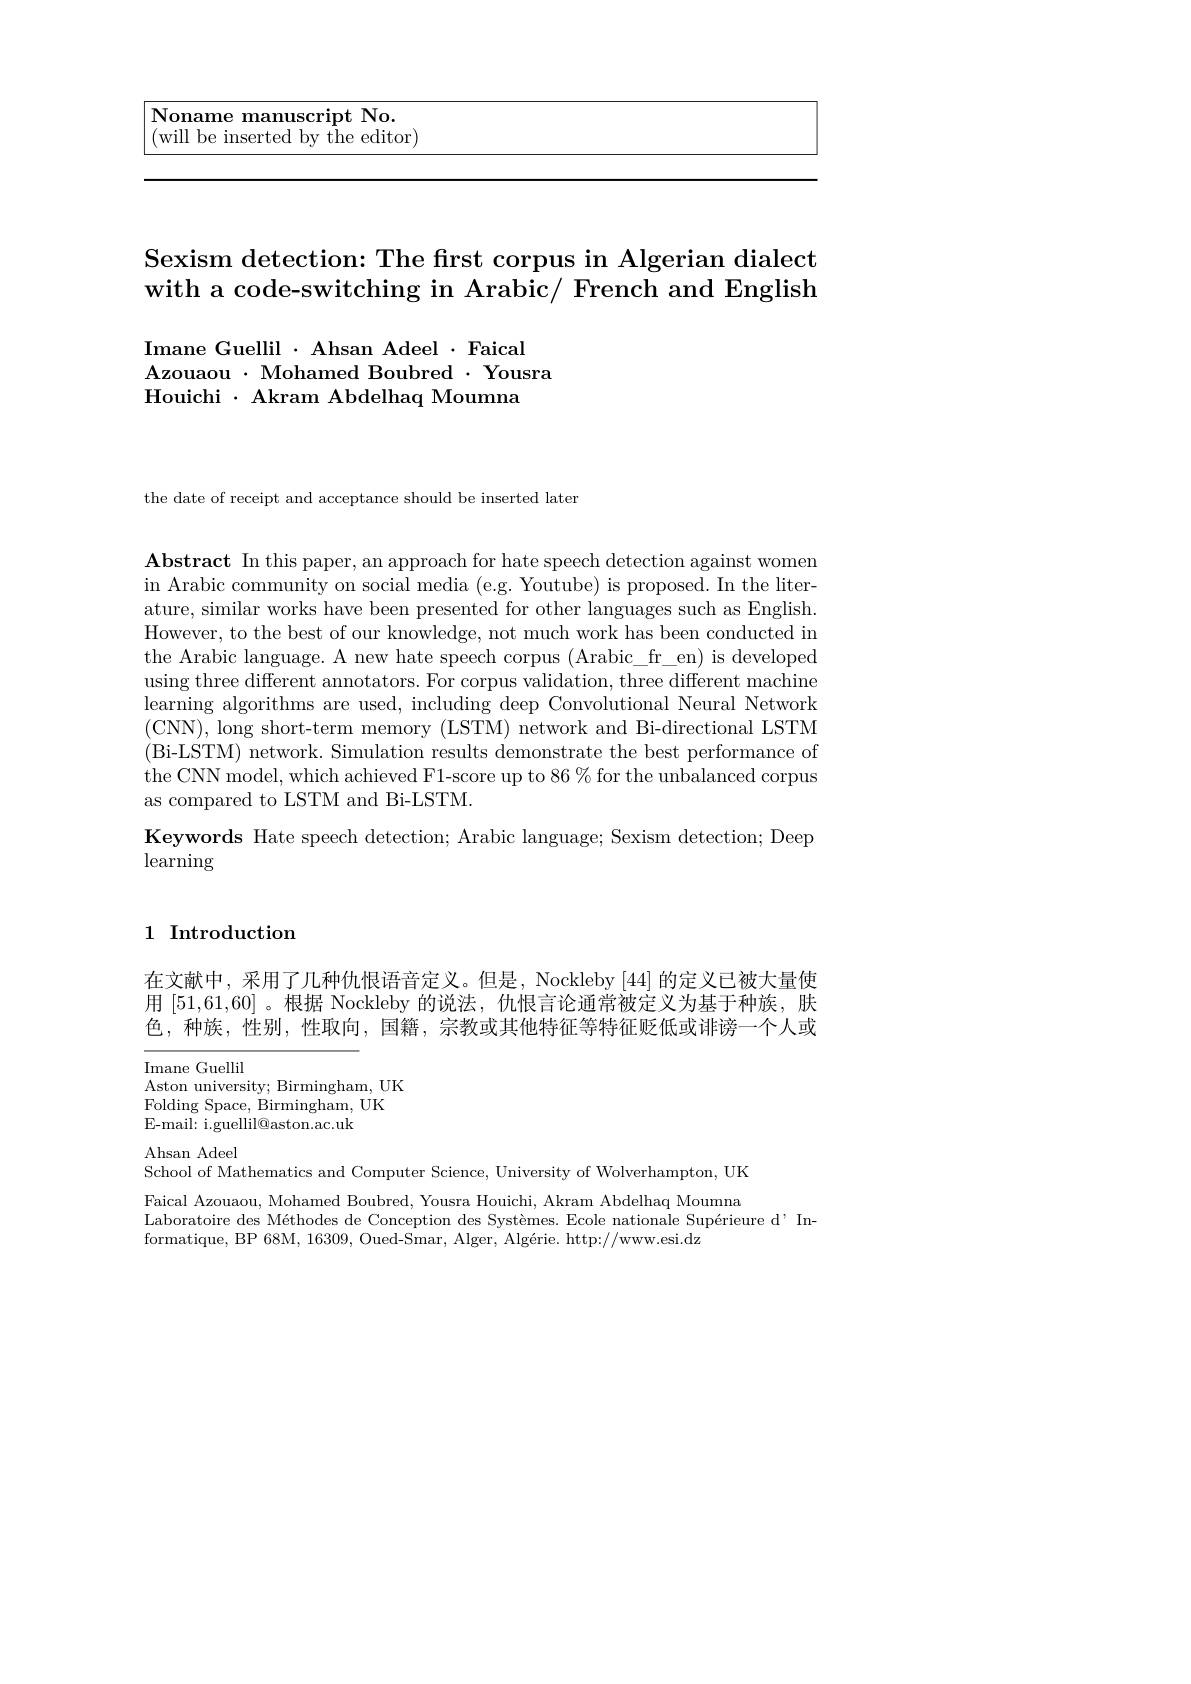
<table>
	<tbody>
		<tr>
			<td>Noname manuscript No. ( will be inserted by the editor) </td>
			<td> </td>
		</tr>
	</tbody>
</table>

# Sexism detection: The first corpus in Algerian dialect with a code-switching in Arabic/ French and English

Imane Guellil $\cdot$ Ahsan Adeel $\cdot$ Faical
Azouaou $\cdot$ Mohamed Boubred $\cdot$ Yousra
Houichi $\cdot$ Akram Abdelhaq Moumna

the date of receipt and acceptance should be inserted later

$\textbf{Abstract In this paper, an approach for hate speech detection against women}$ in Arabic community on social media (e.g. Youtube) is proposed. In the literature, similar works have been presented for other languages such as English. However, to the best of our knowledge, not much work has been conducted in the Arabic language. A new hate speech corpus (Arabic\_fr\_en) is developed using three different annotators. For corpus validation, three different machine learning algorithms are used, including deep Convolutional Neural Network (CNN), long short-term memory (LSTM) network and Bi-directional LSTM (Bi-LSTM) network. Simulation results demonstrate the best performance of the CNN model, which achieved F1-score up to 86 % for the unbalanced corpus as compared to LSTM and Bi-LSTM.

Keywords Hate speech detection; Arabic language; Sexism detection; Deep
learning

1 Introduction

在文献中，采用了几种仇恨语音定义。但是，Nockleby [44]的定义已被大量使用[51,61,60] 。根据 Nockleby 的说法，仇恨言论通常被定义为基于种族，肤色，种族，性别，性取向，国籍，宗教或其他特征等特征贬低或诽谤一个人或

Imane Guellil
Aston university; Birmingham, UK
Folding Space, Birmingham, UK
E-mail: i.guellil@aston.ac.uk

Ahsan Adeel

School of Mathematics and Computer Science, University of Wolverhampton, UK Faical Azouaou, Mohamed Boubred, Yousra Houichi, Akram Abdelhaq Moumna Laboratoire des Méthodes de Conception des Systèmes. Ecole nationale Supérieure d' In-
formatique, BP 68M, 16309, Oued-Smar, Alger, Algérie. http://www.esi.dz